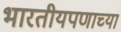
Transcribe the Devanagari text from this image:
भारतीयपणाच्या